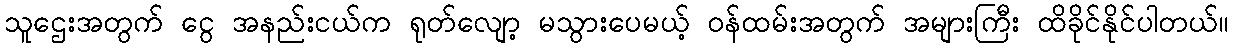
သူဌေးအတွက် ငွေ အနည်းငယ်က ရုတ်လျော့ မသွားပေမယ့် ဝန်ထမ်းအတွက် အများကြီး ထိခိုင်နိုင်ပါတယ်။